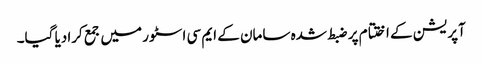
آپریشن کے اختتام پر ضبط شدہ سامان کے ایم سی اسٹور میں جمع کرادیا گیا۔